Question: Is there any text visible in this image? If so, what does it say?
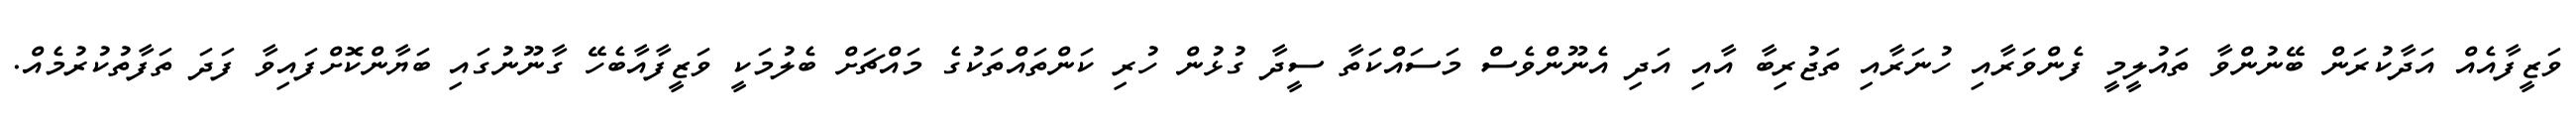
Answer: ވަޒީފާއެއް އަދާކުރަން ބޭނުންވާ ތައުލީމީ ފެންވަރާއި ހުނަރާއި ތަޖުރިބާ އާއި އަދި އެނޫންވެސް މަސައްކަތާ ސީދާ ގުޅުން ހުރި ކަންތައްތަކުގެ މައްޗަށް ބެލުމަކީ ވަޒީފާއާބެހޭ ގާނޫނުގައި ބަޔާންކޮށްފައިވާ ފަދަ ތަފާތުކުރުމެއް.